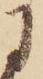
に